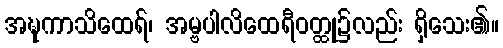
အဍ္ဎကာသိထေရ်၊ အမ္ဗပါလိထေရီဝတ္ထု၌လည်း ရှိသေး၏။